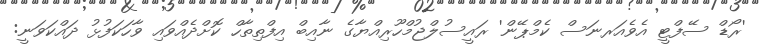
'ރޯޑް ސޭފްޓީ އެވެއަރނަސް ކެމްޕޭން' ރައީސުލްޖުމްހޫރިއްޔާގެ ނާއިބް އިފްތިތާހް ކޮށްދެއްވައި ވާހަކަފުޅު ދައްކަވަނީ: